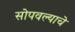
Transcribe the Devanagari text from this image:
सोपवल्याचे